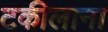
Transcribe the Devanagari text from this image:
टकीलाना